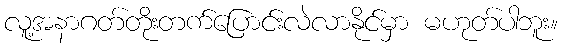
လူ့အနာဂတ်တိုးတက်ပြောင်းလဲလာနိုင်မှာ မဟုတ်ပါဘူး။